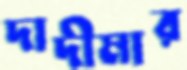
দাদীমার